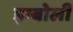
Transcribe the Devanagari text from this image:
इम्बोली